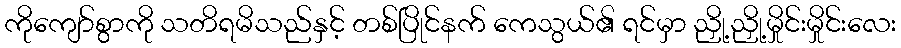
ကိုကျော်စွာကို သတိရမိသည်နှင့် တစ်ပြိုင်နက် ကေသွယ်၏ ရင်မှာ ညှို့ညှို့မှိုင်းမှိုင်းလေး